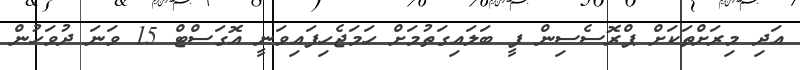
އަދި މިރަށްތަކަށް ޕްރޮސެސިން ފީ ބަލައިގަތުމަށް ހަމަޖެހިފައިވަނީ އޮގަސްޓް 15 ވަނަ ދުވަހުން